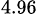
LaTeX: _{4.96}